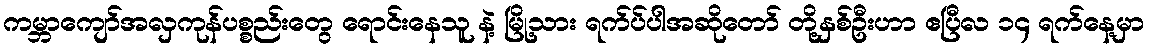
ကမ္ဘာကျော်အလှကုန်ပစ္စည်းတွေ ရောင်းနေသူ နဲ့ မြို့သား ရက်ပ်ပါအဆိုတော် တို့နှစ်ဦးဟာ ဧပြီလ ၁၄ ရက်နေ့မှာ